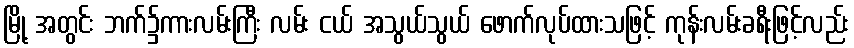
မြို့ အတွင်း ဘက်၌ကားလမ်းကြီး လမ်း ငယ် အသွယ်သွယ် ဖောက်လုပ်ထားသဖြင့် ကုန်းလမ်းခရီးဖြင့်လည်း